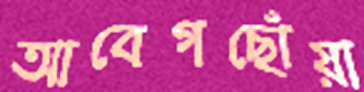
আবেগছোঁয়া